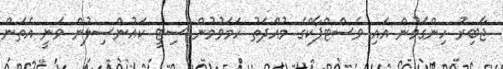
ޖާބިރު ހިންގަމުން އައި ވެސްޓްޕާކްގެ މުއްދަތު ހަމަވުމުން ސިޓީ ކައުންސިލުން ވަނީ އެތަން